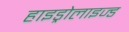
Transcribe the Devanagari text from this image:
हाइड्रोलाइज्ड